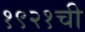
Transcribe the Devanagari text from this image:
१९२१ची